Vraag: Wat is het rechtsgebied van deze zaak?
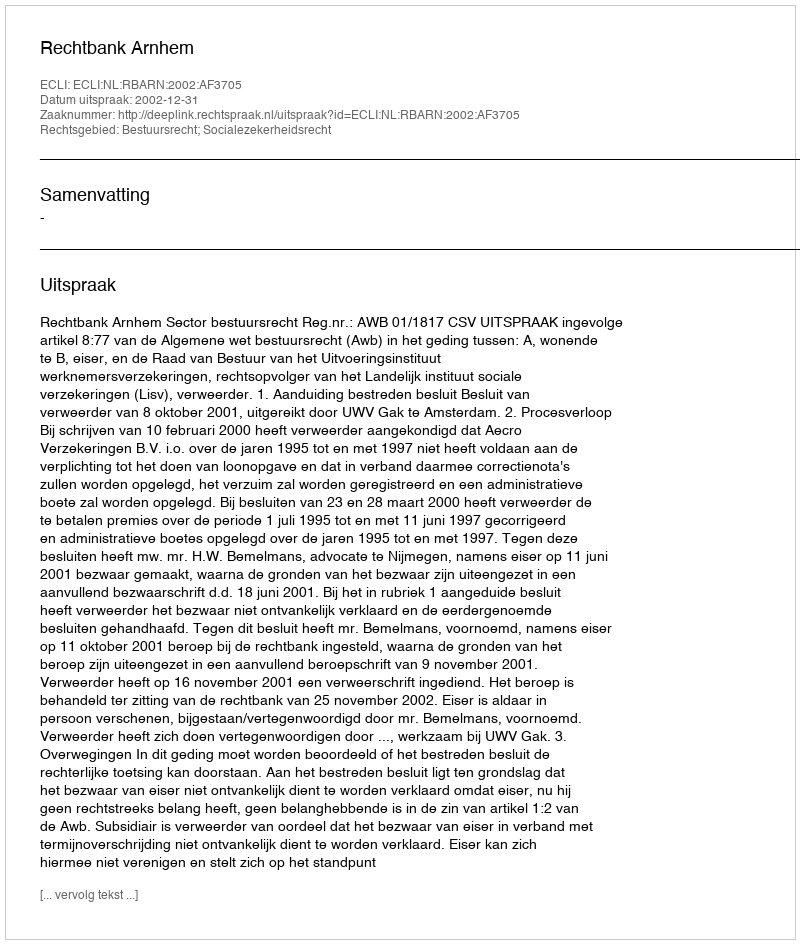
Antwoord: Bestuursrecht; Socialezekerheidsrecht